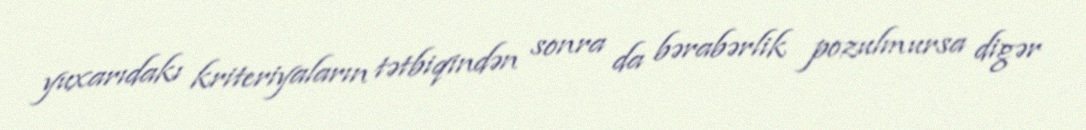
yuxarıdakı kriteriyaların tətbiqindən sonra da bərabərlik pozulmursa digər